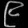
Digit: ၉